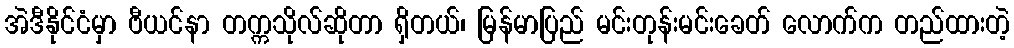
အဲဒီနိုင်ငံမှာ ဗီယင်နာ တက္ကသိုလ်ဆိုတာ ရှိတယ်၊ မြန်မာပြည် မင်းတုန်းမင်းခေတ် လောက်က တည်ထားတဲ့